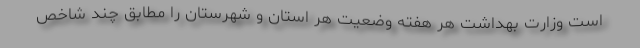
است وزارت بهداشت هر هفته وضعیت هر استان و شهرستان را مطابق چند شاخص